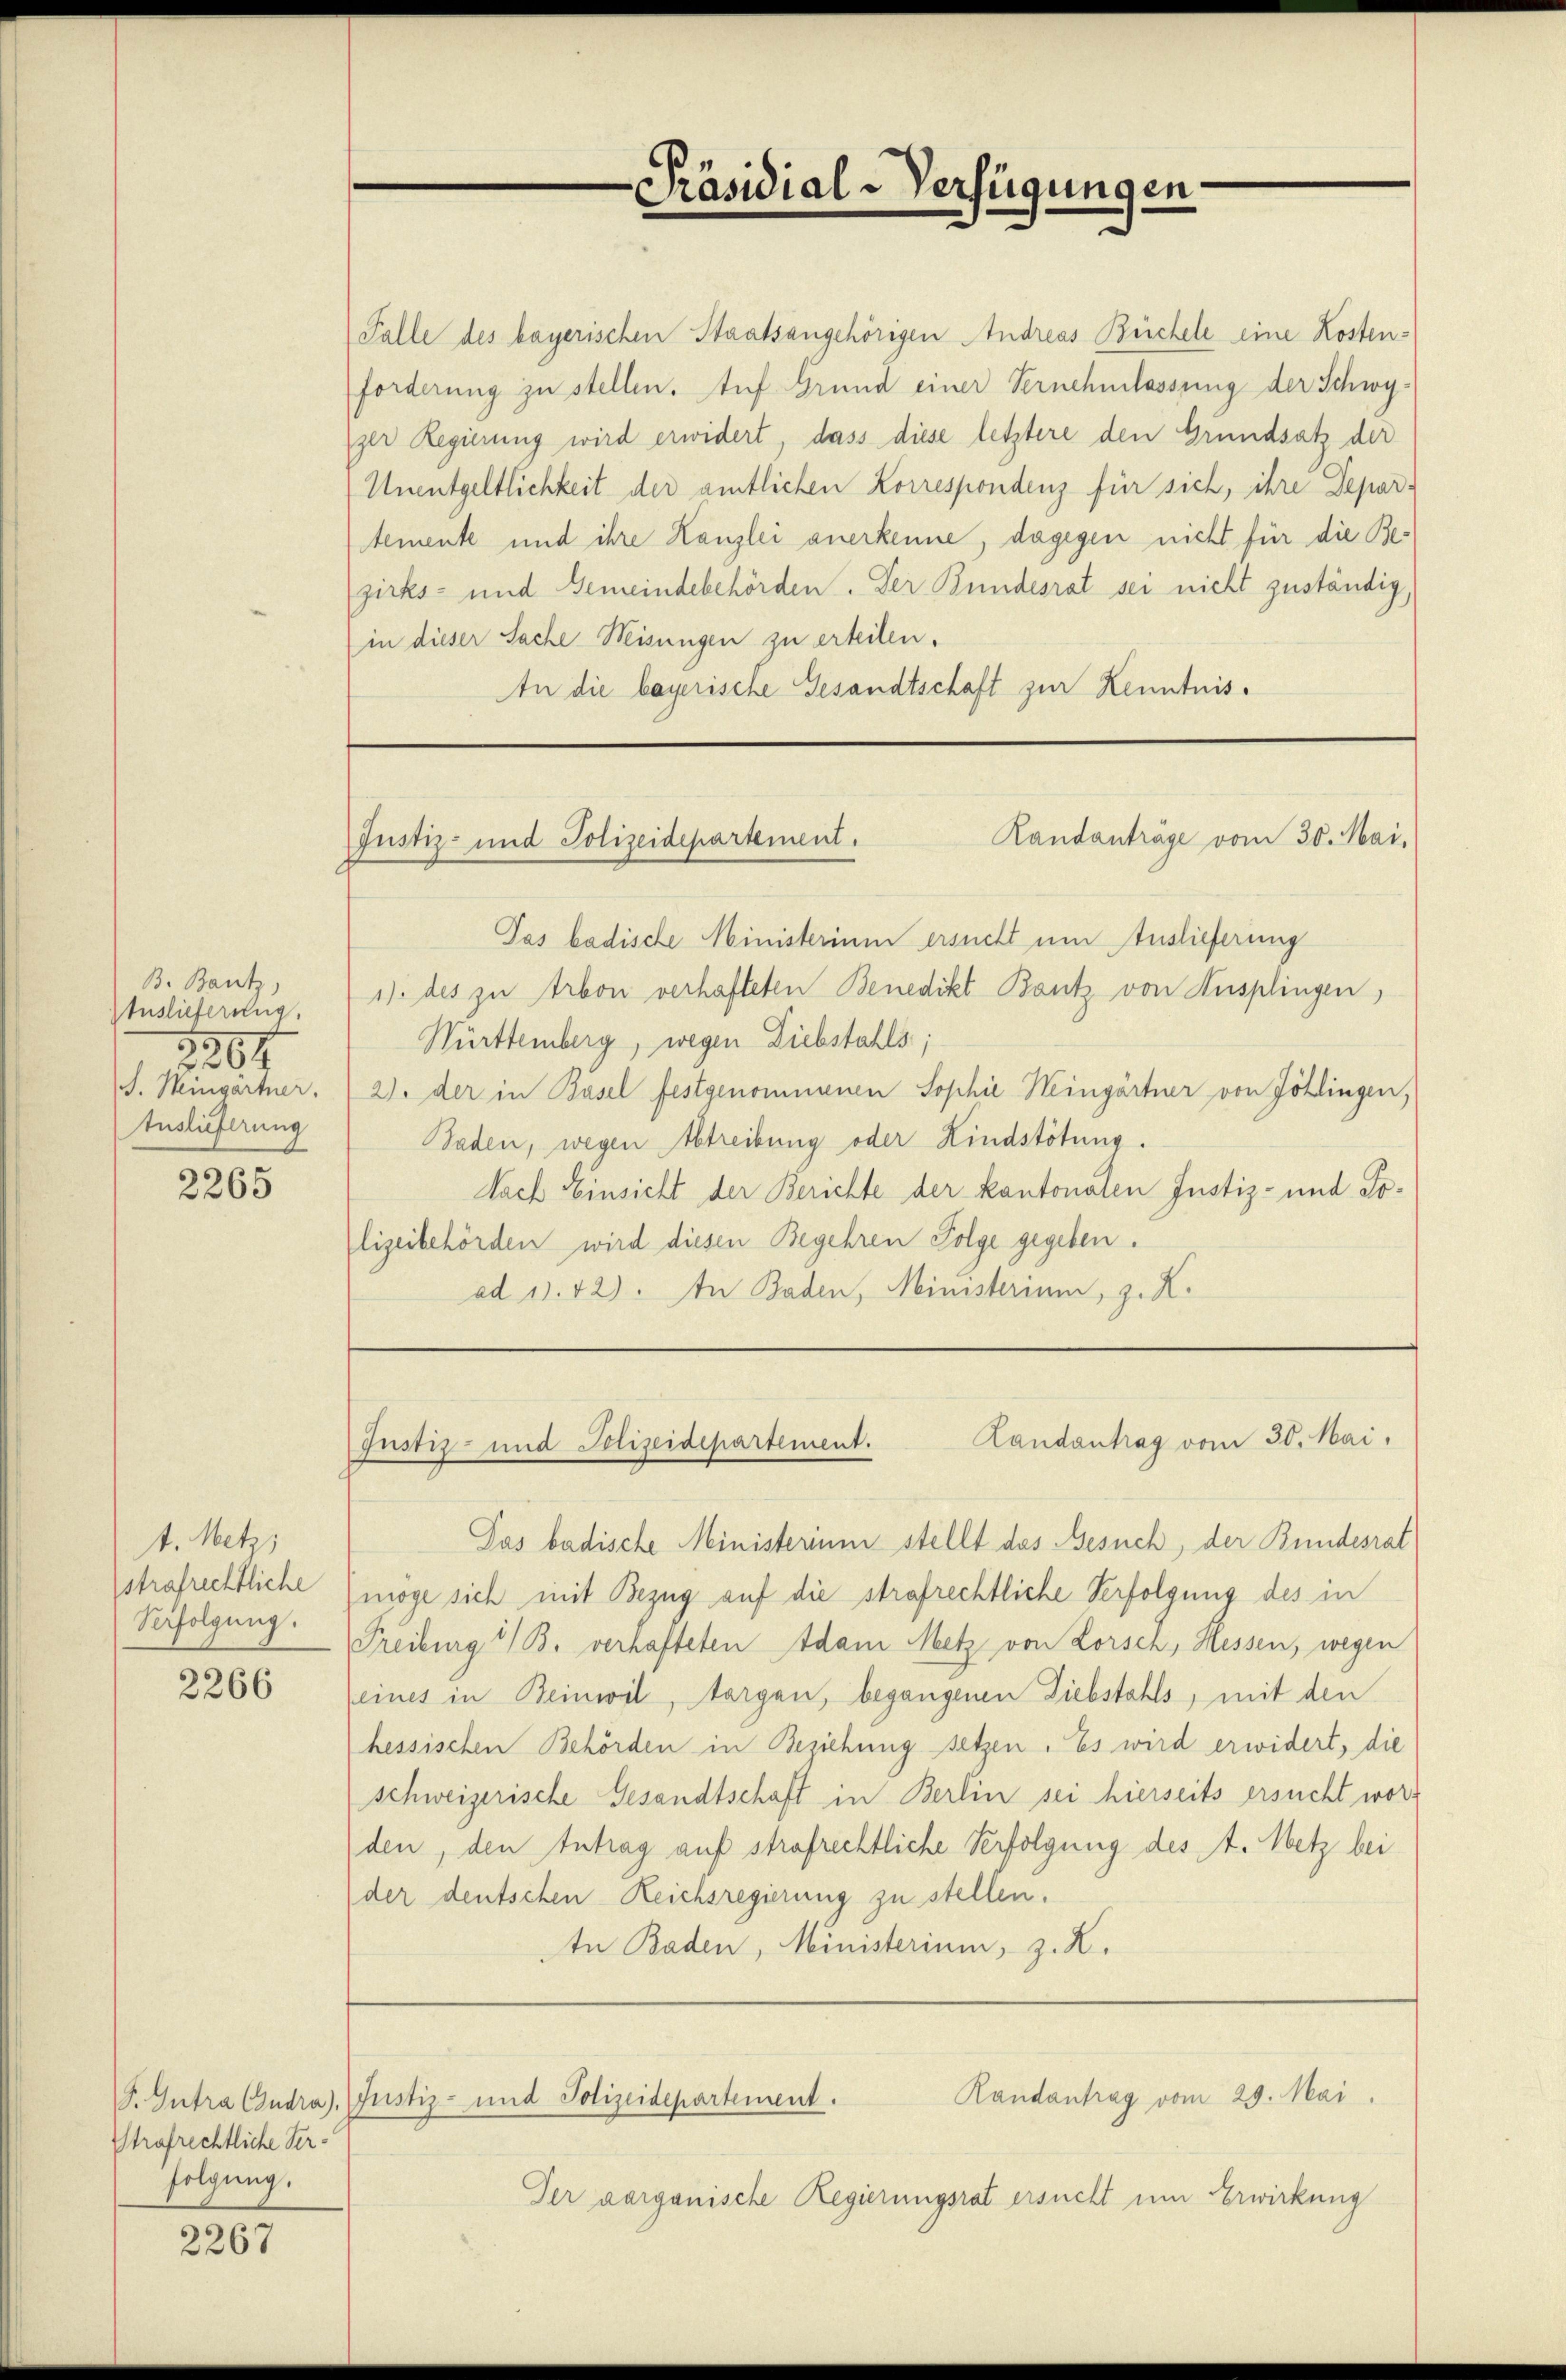
B. Bantz
Auslieferung
1264
S. Mingartner.
Auslieferung

2265

t. Metz
strafrechtliche
Verfolgung.

2266

Strafrechtliche Verfolgung.

2267

Falle des bayerischen Staatsangehörigen Andreas Büchele eine Kostenforderung zu stellen. Auf Grund einer Vernehmlassung der Schwyger Regierung wird erwidert, dass diese letztere den Grundsatz der
Unentgeltlichkeit der amtlichen Korrespondenz für sich, ihre Depar-
temente und ihre Kanzlei anerkenne, dagegen nicht für die Bezirks- und Gemeindebehörden. Der Bundesrat sei nicht zuständig
in dieser Sache Misungen zu erteilen.
An die bayerische Gesandtschaft zur Kenntnis¬

Das badische Ministerium ersucht um Auslieferung
1) des zu Arbon verhafteten Benedikt Bantz von Ausplingen,
Württemberg, wegen Diebstahls;
2). Der in Basel festgenommenen Sophie Heingärtner von Zötlingen,
Taden, wegen Abtreibung oder Kindstötung.
Nach Einsicht der Berichte der kantonalen Justiz- und Jolizeibehörden wird diesen Begehren Folge gegeben.
ad 1. 42). In Baden, Ministerium, z. K.

Präsidial-Verfügungen

Randanträge vom 30. Mai,
Justiz- und Polizeidepartement.

Das badische Ministerium stellt das Besuch, der Bundesrat
möge sich mit Bezug auf die strafrechtliche Verfolgung des in
Freiburg i/B. verhafteten Adam Metz von Rorsch, Hessen, wegen
eines in Beinwil, argen, begangenen Diebstahls, mit den
hessischen Behörden in Beziehung setzen. Es wird erwidert, die
schweizerische Gesandtschaft in Berlin sei hierseits ersucht word
den, den Intrag auf strafrechtliche Verfolgung des A. Metz bei
der deutschen Reichsregierung zu stellen.
An Baden, Ministerium, z. K.

Landantrag vom 30. Mai,
Justiz- und Polizeidepartement.

Der aarganische Regierungsrat ersucht um Erwirkung

Randantrag vom 29. Mai.
P. Gutra Gudra, Justiz- und Polizeidepartement.